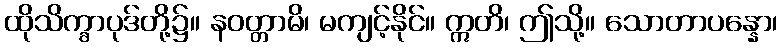
ထိုသိက္ခာပုဒ်တို့၌။ နဝတ္တာမိ၊ မကျင့်နိုင်။ ဣတိ၊ ဤသို့။ သောတာပန္နော၊